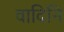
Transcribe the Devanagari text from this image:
वादिनि